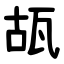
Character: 瓳